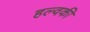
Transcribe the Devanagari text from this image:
हल्वकी